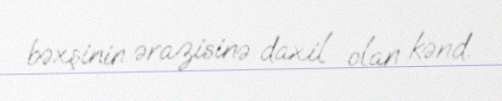
bəxşinin ərazisinə daxil olan kənd.